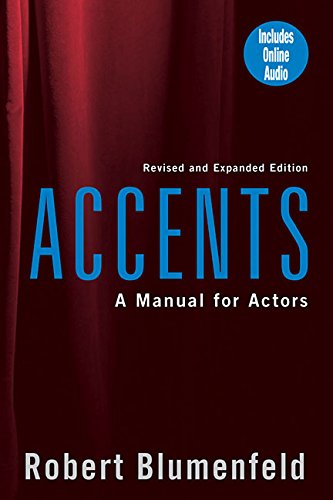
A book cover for Accents: A Manual for Actors- Revised and Expanded Edition; Robert Blumenfeld; Humor & Entertainment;